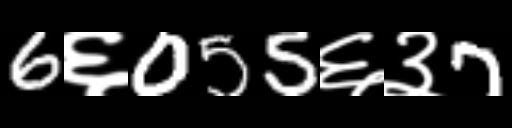
Text: 6६055६३7